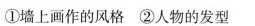
①墙上画作的风格②人物的发型